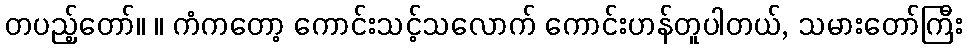
တပည့်တော်။ ။ ကံကတော့ ကောင်းသင့်သလောက် ကောင်းဟန်တူပါတယ်, သမားတော်ကြီး